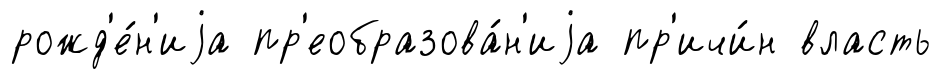
рожд'е́н'иjа пр'еобразова́н'иjа пр'ичи́н власть